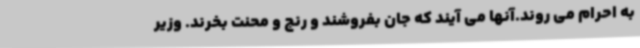
به احرام می روند.آنها می آیند که جان بفروشند و رنج و محنت بخرند. وزیر